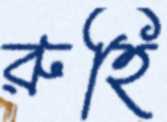
রুহি